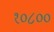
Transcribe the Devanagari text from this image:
१०८००